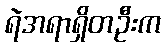
ရဲအရာရှိတဦးက